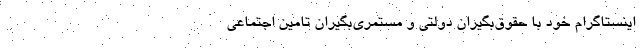
اینستاگرام خود با حقوق‌بگیران دولتی و مستمری‌بگیران تامین اجتماعی